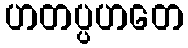
ဟတပ္ပဟတေ